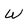
Character: W